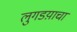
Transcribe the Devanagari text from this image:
लुगडय़ाचा